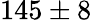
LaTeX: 145\pm 8